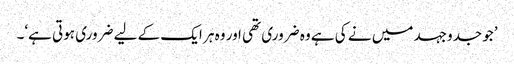
’جو جدوجہد میں نے کی ہے وہ ضروری تھی اور وہ ہر ایک کے لیے ضروری ہوتی ہے‘۔